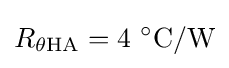
R_{\theta {\rm {HA}}}=4\ ^{\circ }{\text{C}}/{\text{W}}